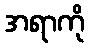
အရာကို